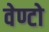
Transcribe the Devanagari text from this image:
वेण्टो